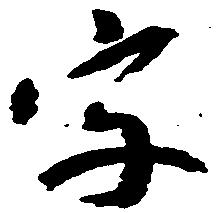
字